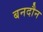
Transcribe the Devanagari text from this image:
बनदौन